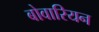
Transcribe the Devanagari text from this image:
बोवारियन